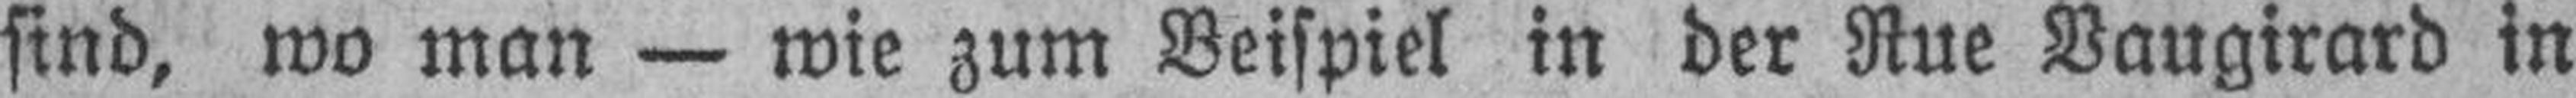
sind, wo man — wie zum Beispiel in der Rue Vaugirard in